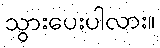
သွားပေးပါလား။